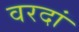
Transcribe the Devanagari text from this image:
वरदां